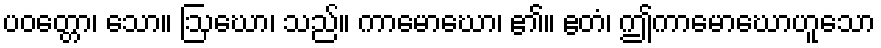
ပဝတ္တော၊ သော။ ဩဃော၊ သည်။ ကာမောဃော၊ ၏။ ဧတံ၊ ဤကာမောဃောဟူသော